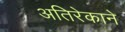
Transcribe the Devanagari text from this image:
अतिरेकाने